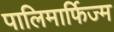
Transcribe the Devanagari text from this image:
पालिमार्फिज्म